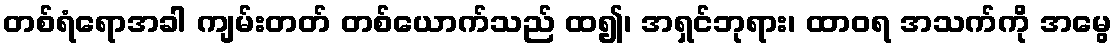
တစ်ရံရောအခါ ကျမ်းတတ် တစ်ယောက်သည် ထ၍၊ အရှင်ဘုရား၊ ထာဝရ အသက်ကို အမွေ